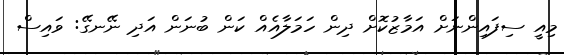
މިއީ ސިފައިންނަށް އަމާޒުކޮށް ދިން ހަމަލާއެއް ކަން ބުނަން އަދި ނޭނގޭ: ވައިސް